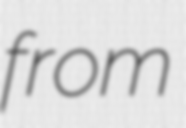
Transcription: from